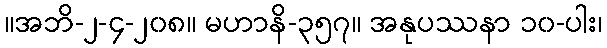
။အဘိ-၂-၄-၂၀၈။ မဟာနိ-၃၅၇။ အနုပဿနာ ၁၀-ပါး၊